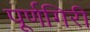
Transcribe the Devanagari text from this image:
पूर्णगिरी